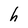
Character: h